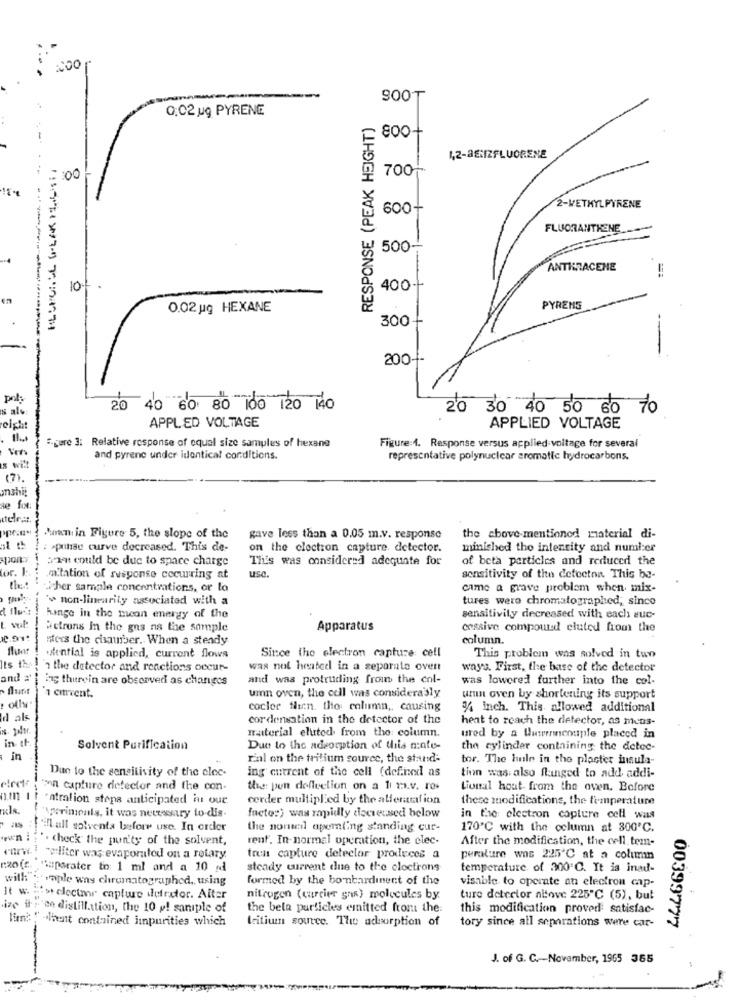
900T
0:02 ug PYRENE
RESPONSE (PEAK HEIGHT)
4,2-BENZFLUORENE
700+
:00
600-
2-METHYLPYRENE
FLUORANTHENE
500
-
ANTHRACENE
104.
400-
0.02 ug HEXANE
PYRENG
300-
200 --
-
20 40 60 80 100 120 140
20 30 40 50 60 70
Is ale
APPLED VOLTAGE
eight
APPLIED VOLTAGE
S-gere 3: Relative response of equal size samples of hexane
Figure:4. Response versus applied voltage for several
and pyrene under identical conditions.
representative polynuclear aromatic hydrocarbons.
(7).
se fot:
Pan. in Figure 5, the slope of the
gave less than a 0.05 m.v. response
the above-mentioned material di-
: - pulse curve decreased. This de-
on the clection capture detector.
minished the intensity and numl:er
baan could be due to space charge
This was considered adequate for
of beta particles and reduced the
or. L.
mitation of response cocurring at
use
sensitivity of the defecton This be-
ther sample concentrations, or lo
came a grave problem when mix-
'w non-linearity associated with a
tures were chromatographed, since
hinge in the mean energy of the
sensitivity decreased with each suc-
actruns in the gns as the sample
Apparatus
cessive compound eluted from the
sters the chsauber. When a steady
column.
dential is applied, current flows
Since the electron capture cell
This problem was solved in tun
's the detector and reactions occur-
was not heated in a separate over
ways First, the base of the detector
and #
ing thurein are observed as charges
and was protruding from the col-
was lowered further into the col-
1 current.
umn oven, the cell was considerably
unun oven by shortening its support
cocler flin. the column ,, causing
% inch. This allowed additional
Id als
cordenation in the detector of the
heat to reach the detector, as mens-
material eluted from the: column.
in it
urod by a Uwwenncouple placed in
Solvent Purification
Due to the adsorption of this mate-
the cylinder containing the detec-
in
rial on the tritium source, the stand-
tor. The huile in the plaster insula-
Due to the sensitivity of the elec-
ing entrent of the cell (defined as
tinn was also flanged to add addi-
on capture detector and the con-
the pun deflection on a 1 ms.v. re-
Lional hout from the oven. Before
'ntralion stopa anticipated in our
corder multiplied by the alfenatrafion
these modifications, the temperature
ncs.
"Worininnis, it was necessary to dis.
facto:) was rapidly decreused below
in the electron capture cell was
ifl all solventa before use. In order
the nomedl operating standing cur-
170℃ with the column at 300'℃.
". check the pun'ty of the solvent,
rent. In-normal operation, the elec-
After the modification, the cell. tem-
"eliter was evaporated on a rotary
tren capture detector produces a
perature was 225℃ at a column
rzo(c. "aparater to: 1 ml and a 10 add
steady current due to the cloctrons
temperature of 300 ℃. It is inad-
with wraple was chromatographed. using
formed by the bonbardinent of the
visable to operate an electron cap-
It w. "> electmor capture defretor. Alter
nitrogen (carcier gns) molecules by.
ture detector alove 225℃ (5), but
ize il s'en distillation, the 10 y! sample of
the beta particles emitted from the:
this modification proved: satisfac-
lima: " -huit contained impurities which
tritium source. The adsorption of
-
tory since all separations were car-
00399777
J. of G. C .- November, 1965 365